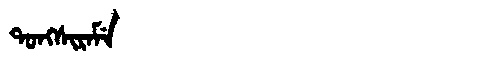
Manchu: ᡨᠣᠩᠰᡳᡵᠠᠮᡝ
Romanization: TONGSIRAME